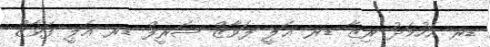
ޑރ އަހުމަދު ރިޒާ ޑރ ޢަލީ ފަވާޒް ޝަރީފް ޑރ އަލީ ފަވާޒް